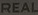
REAL